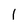
Character: 1